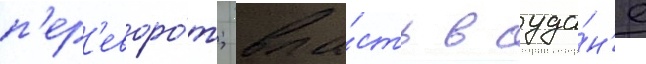
п'ер'еворо́т; вла́сть в суда́н'е